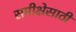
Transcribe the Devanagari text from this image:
समीक्षेसाठी